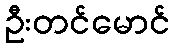
ဦးတင်မောင်